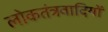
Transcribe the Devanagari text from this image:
लोकतंत्रवादियों